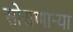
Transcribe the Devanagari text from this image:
सोसणार्‍या